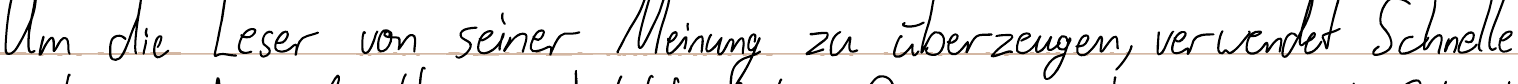
Um die Leser von seiner Meinung zu überzeugen, verwendet Schnelle